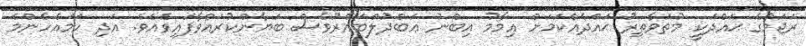
ރަޖަމުގެ ޙައްދަކީ މުތަވާތިރު ޙައްދެއްކަމަށް އިމާމު އިބްނު ޢަބްދުލްބައްރުވެސް ބަޔާންކުރައްވާފައިވެއެވެ. އަދި ހަމައެހެންމެ